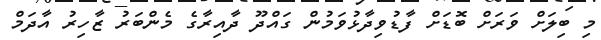
މި ބިލަށް ވަރަށް ބޮޑަށް ފާޑުވިދާޅުވަމުން ގައްދޫ ދާއިރާގެ މެންބަރު ޒާހިރު އާދަމް